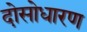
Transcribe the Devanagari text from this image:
दोसोधारण